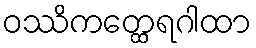
ဝဿိကတ္ထေရဂါထာ